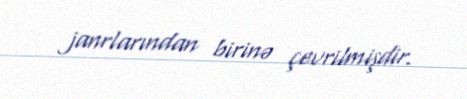
janrlarından birinə çevrilmişdir.